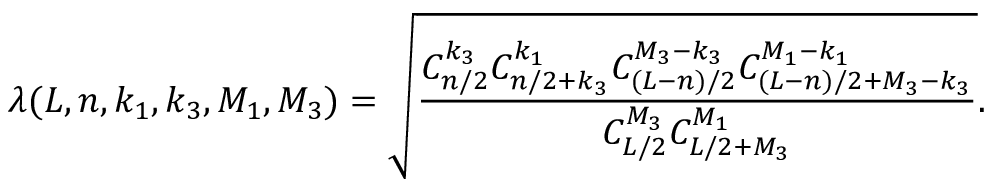
\lambda ( L , n , k _ { 1 } , k _ { 3 } , M _ { 1 } , M _ { 3 } ) = \sqrt { \frac { C _ { n / 2 } ^ { k _ { 3 } } C _ { n / 2 + k _ { 3 } } ^ { k _ { 1 } } C _ { ( L - n ) / 2 } ^ { M _ { 3 } - k _ { 3 } } C _ { ( L - n ) / 2 + M _ { 3 } - k _ { 3 } } ^ { M _ { 1 } - k _ { 1 } } } { C _ { L / 2 } ^ { M _ { 3 } } C _ { L / 2 + M _ { 3 } } ^ { M _ { 1 } } } } .